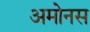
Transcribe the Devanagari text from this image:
अमोनस